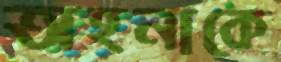
অহনাকে